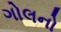
ગોલનો